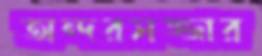
অন্দরসজ্জার